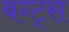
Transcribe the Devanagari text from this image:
बग्ट्स